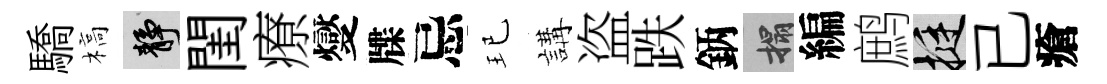
驕槁靜閨療燮牒忌玘講盗跌鈵搨編鹧挺已瘡